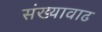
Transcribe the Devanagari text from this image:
संख्यावाढ